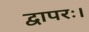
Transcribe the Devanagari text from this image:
द्वापरः।